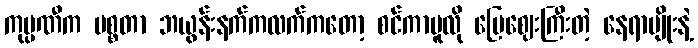
ကုမ္ပဏီက မစ္စတာ ဘယွန်းနက်ကလက်ကတော့ စင်ကာပူလို မြေဈေးကြီးတဲ့ နေရာမျိုးနဲ့